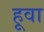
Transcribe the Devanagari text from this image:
हूवा